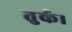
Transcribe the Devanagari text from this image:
तुर्क।